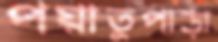
পয়াতুপাড়া